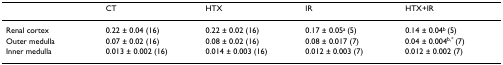
<table><thead><tr><td></td><td><b>CT</b></td><td><b>HTX</b></td><td><b>IR</b></td><td><b>HTX+IR</b></td></tr></thead><tbody><tr><td>Renal cortex</td><td>0.22 ± 0.04 (16)</td><td>0.22 ± 0.02 (16)</td><td>0.17 ± 0.05<sup>a </sup>(5)</td><td>0.14 ± 0.04<sup>b </sup>(5)</td></tr><tr><td>Outer medulla</td><td>0.07 ± 0.02 (16)</td><td>0.08 ± 0.02 (16)</td><td>0.08 ± 0.017 (7)</td><td>0.04 ± 0.004<sup>b,* </sup>(7)</td></tr><tr><td>Inner medulla</td><td>0.013 ± 0.002 (16)</td><td>0.014 ± 0.003 (16)</td><td>0.012 ± 0.003 (7)</td><td>0.012 ± 0.002 (7)</td></tr></tbody></table>